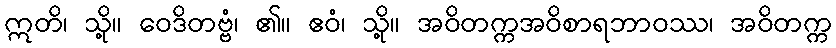
ဣတိ၊ သို့။ ဝေဒိတဗ္ဗံ၊ ၏။ ဧဝံ၊ သို့။ အဝိတက္ကအဝိစာရဘာဝဿ၊ အဝိတက္က